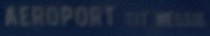
AEROPORT11T1W